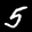
Label: 5